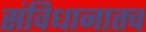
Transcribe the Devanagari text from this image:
संविधानातच